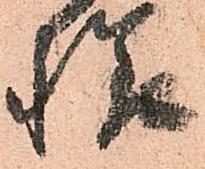
様